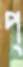
প্